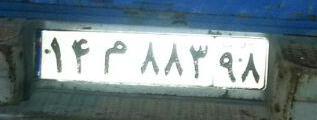
۱۴م۸۸۳۹۸